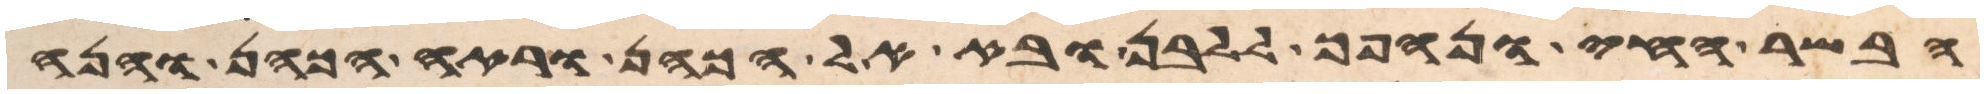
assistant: הבשר החי ונהפך ללבן ובא אל הכהן וראה הכהן והנה